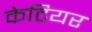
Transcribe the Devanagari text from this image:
केटियर